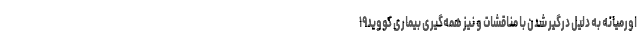
اورمیانه به دلیل درگیر شدن با مناقشات و نیز همه‌گیری بیماری کووید۱۹